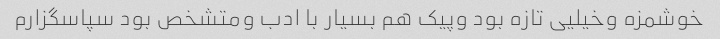
خوشمزه وخیلیی تازه بود وپیک هم بسیار با ادب ومتشخص بود سپاسگزارم